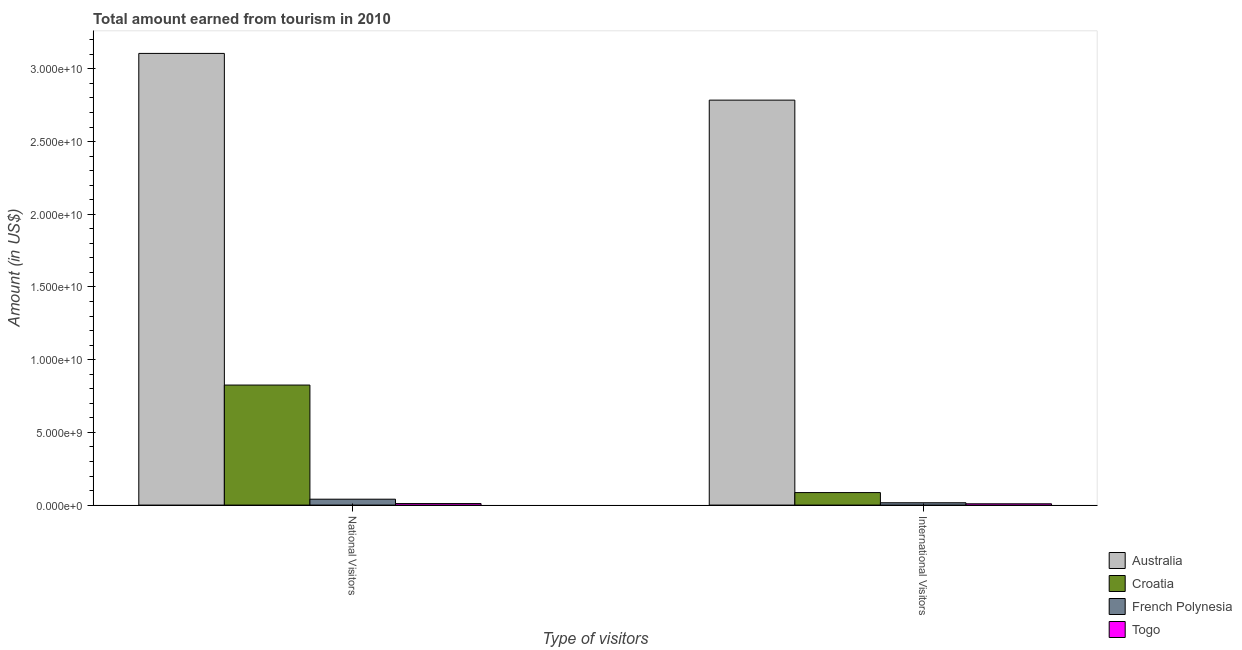
| Type of visitors | Australia | Croatia | French Polynesia | Togo |
 | --- | --- | --- | --- | --- |
 | National Visitors | 3.11e+10 | 8.26e+09 | 4.05e+08 | 1.05e+08 |
 | International Visitors | 2.79e+10 | 8.59e+08 | 1.6e+08 | 8.9e+07 |